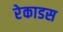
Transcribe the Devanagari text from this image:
रेकाडस